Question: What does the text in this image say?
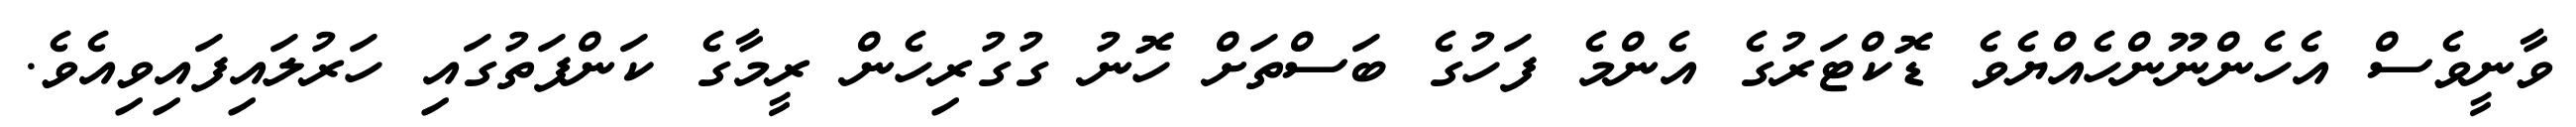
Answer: ވާނީވެސް އެހެންނޫންހެއްޔެވެ ޑޮކްޓަރުގެ އެންމެ ފަހުގެ ބަސްތަށް ހޮނު ގުގުރިހެން ރީމާގެ ކަންފަތުގައި ހަރުލައިފައިވިއެވެ.